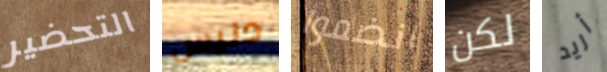
التحضير دنيس انضموا لكن أريد